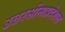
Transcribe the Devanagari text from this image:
उत्तरसीमाप्रदेशात